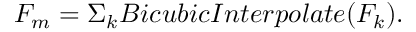
F _ { m } = \Sigma _ { k } B i c u b i c I n t e r p o l a t e ( F _ { k } ) .